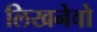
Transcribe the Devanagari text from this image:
लिखनेवो